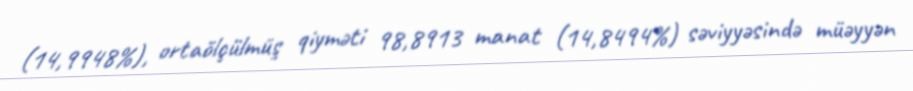
(14,9948%), ortaölçülmüş qiyməti 98,8913 manat (14,8494%) səviyyəsində müəyyən